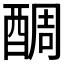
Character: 𨡑